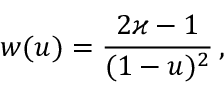
w ( u ) = \frac { 2 \varkappa - 1 } { ( 1 - u ) ^ { 2 } } \, ,